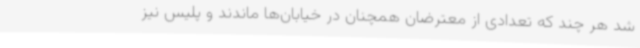
شد هر چند که تعدادی از معترضان همچنان در خیابان‌ها ماندند و پلیس نیز